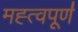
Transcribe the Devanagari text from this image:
मह्त्वपूण॑